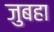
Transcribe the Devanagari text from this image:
जुबहा